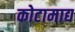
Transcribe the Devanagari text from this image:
कोटामाद्य